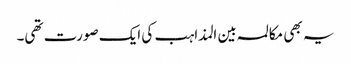
یہ بھی مکالمہ بین المذاہب کی ایک صورت تھی۔